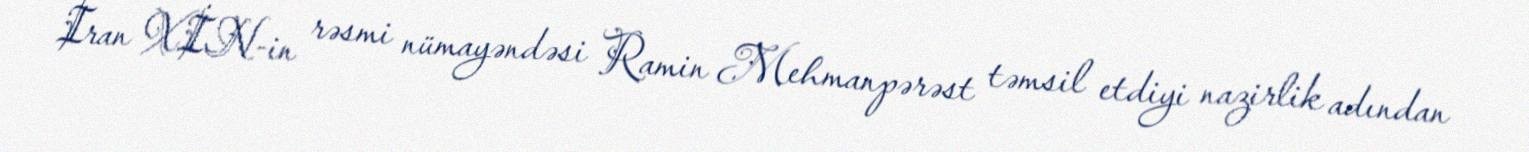
İran XİN-in rəsmi nümayəndəsi Ramin Mehmanpərəst təmsil etdiyi nazirlik adından